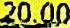
20.00